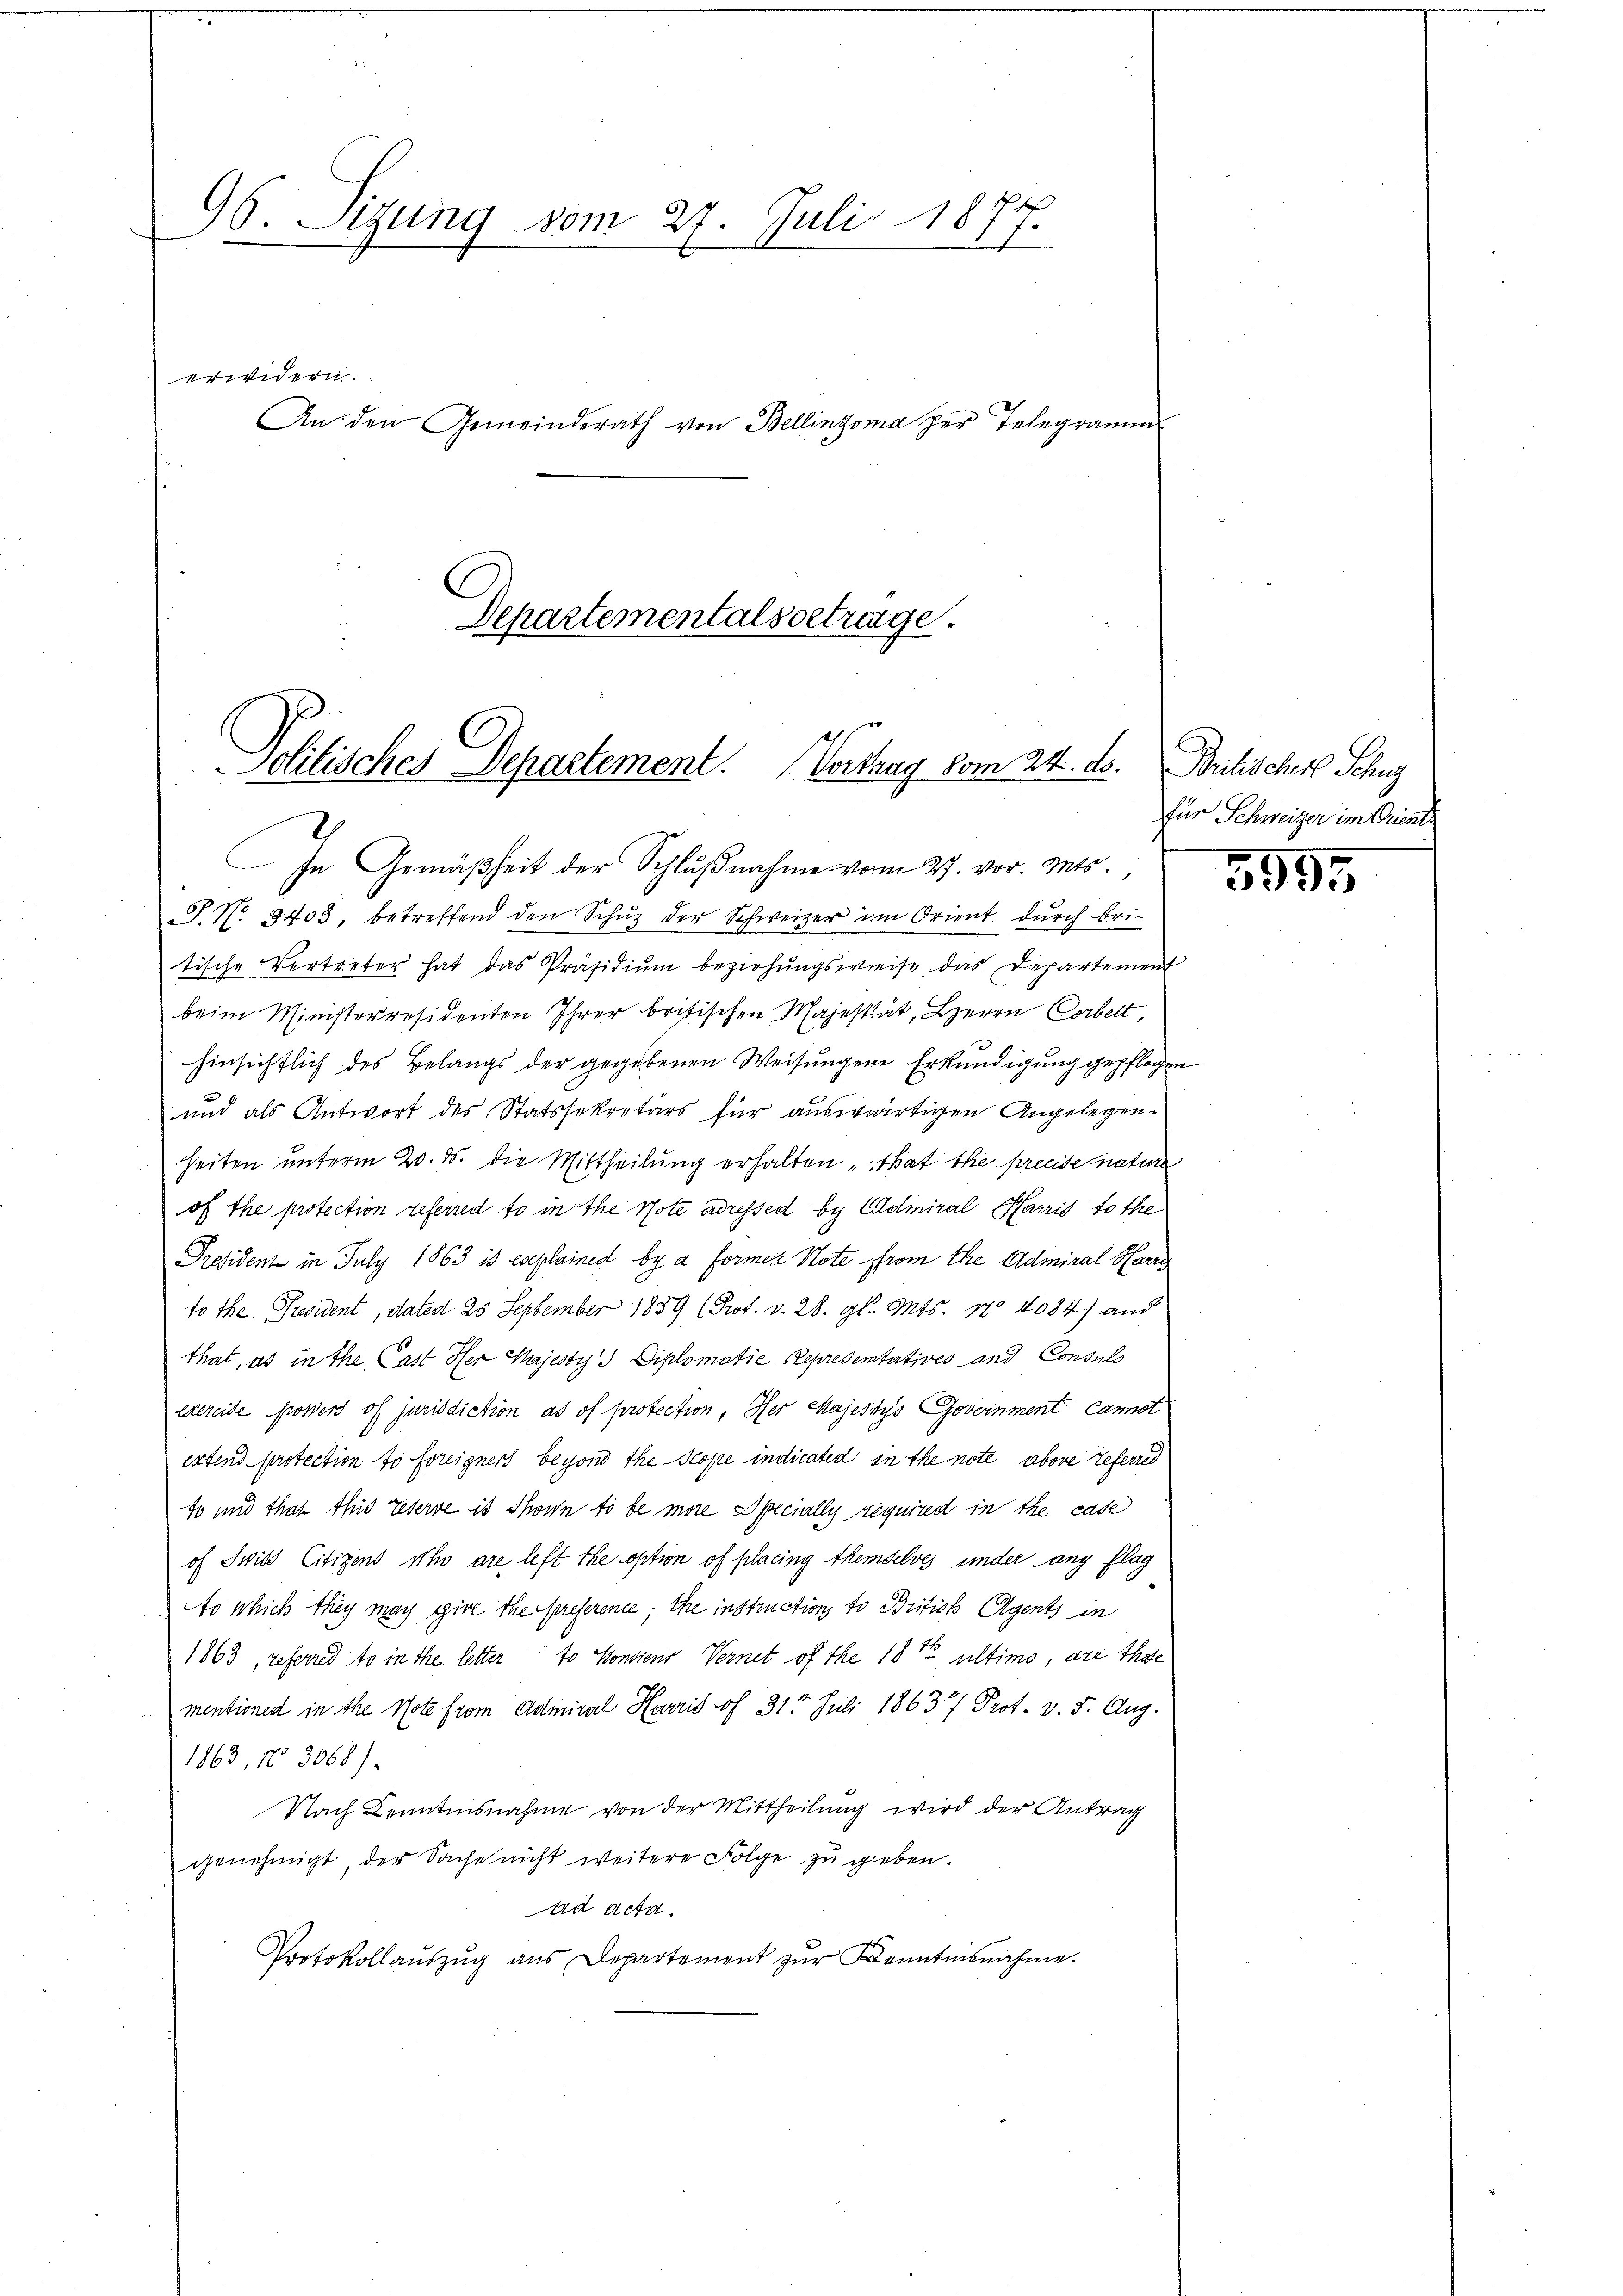
96. Sizung vom 27. Juli 1877.
1

e

erwidern.
An den Gemeinderath von Bellinzona zur Telegramm
Departementalsbetrage.

Politisches Departement. Vortrag vom 24. ds. Britischer Schu

In Gemäßheit der Schlußnahme vom 27. vor. Mts.,
J. No 8403. betreffend den Schŭz der Schweizer im Orient dŭrch bri-
tische Vertreter hat das Präsidiŭm beziehŭngsweise das Departement
beim Ministerresidenten Ihrer britischen Majestät, Herrn Corbelt,
hinsichtlich des Belangs der gegebenen Weisungene Erkundigung gepflogen
und als Antwort des Statssekretärs für auswärtigen Angelegen¬
Zeiten unterm 20. d. die Mittheilung erhalten That the preeise nature
of the protection referred to in the Note adressed by CAdmiral Harris tothe
President in July 1863 is eseplainedt by a Formez Note from the Admiral Harri
to the. Prevident, dated 25 September 1839 (Prof. v. 28. gl. Mts. No 4084) and
that, es in the Cast Her Majesty’s Diplomatie Representatives und Consuls
exereide possers of jurisdiction as of protection, Her Majestys Government Cannst
extend protection so freigners beyond the Scope indicated in the note abore referred
so und that this reserve ist schonen so be more Specially required in the case
of Swit Citizens Uhr are heft the option of placing themdelves inder ang flag
Ao schich they may gire the preserence, the instructions to British Agents in
1863, referred to in the letter so konsieur Vernet of the 18 t ultimo, are Thal
mentionen in the Note from. Admiral Harris of 31t Juli 1863 Prof. v. 5. Aug.
1863, No 3068).
Nach Kenntnisnahme von der Mittheilung wird der Antrag
genehmigt, der Sache nicht weitere Folge zu geben.
ad acta
Protokollaŭszŭg ans Departement zŭr Kenntnisnahme.

für Schweizer im Oriente

5995